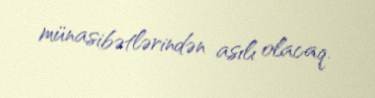
münasibətlərindən asılı olacaq.